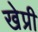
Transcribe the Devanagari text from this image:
खेप्री